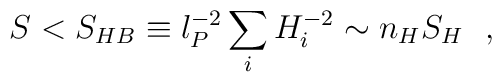
S < S_{HB} \equiv l_P^{-2} \sum_{i} H_i^{-2} \sim n_H S_H ~~,